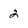
Character: 2